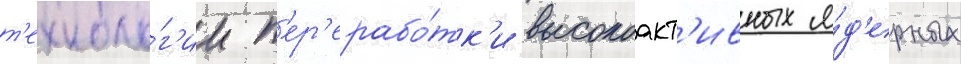
т'ехноло́г'ии п'ер'ерабо́тк'и высокоакт'ивных я́д'ерных